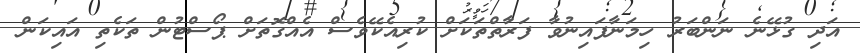
އަދި ގުޅޭނެ ނަންބަރު ހިމަނާފައިނުވާ ފަރާތްތަކަށް ކުރިއެކޭވެސް އެއްގޮތަށް ޕޯސްޓުން ތަކެތި އައިކަން